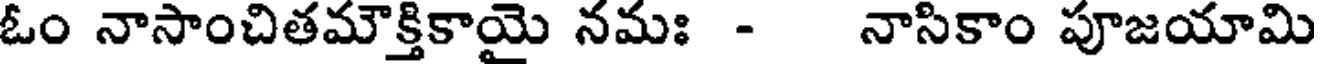
ఓం నాసాంచితమౌక్తికాయై నమః - నాసికాం పూజయామి